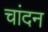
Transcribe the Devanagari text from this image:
चांदन